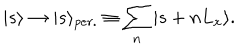
LaTeX: | s \rangle \rightarrow | s \rangle _ { p e r . } \equiv \sum _ { n } | s + n L _ { x } \rangle .